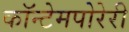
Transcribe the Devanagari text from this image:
कॉन्टेमपोरेरी